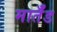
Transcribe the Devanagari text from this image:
मार्तँड